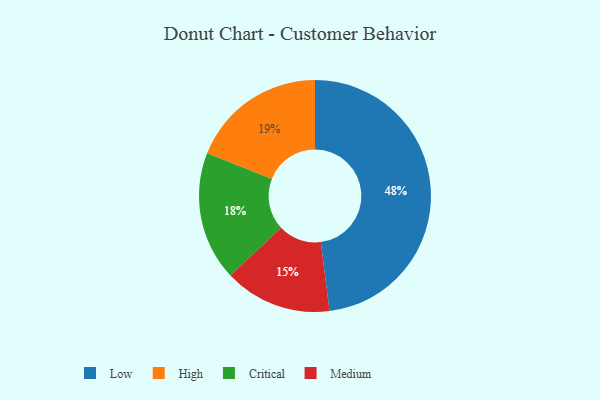
{"axis": {"x": "Category", "y": "Percentage"}, "legend": ["Critical", "High", "Low", "Medium"], "data": [{"x": "Medium", "y": 15, "type": "Medium"}, {"x": "Critical", "y": 18, "type": "Critical"}, {"x": "High", "y": 19, "type": "High"}, {"x": "Low", "y": 48, "type": "Low"}]}